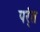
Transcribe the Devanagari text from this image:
पर्ंत